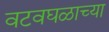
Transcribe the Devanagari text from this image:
वटवघळाच्या